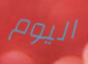
اليوم